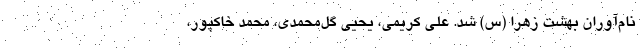
نام‌آوران بهشت زهرا (س) شد. علی کریمی، یحیی گل‌محمدی، محمد خاکپور،